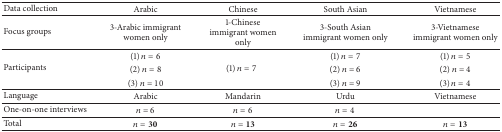
<table><thead><tr><td><b>Data collection</b></td><td><b>Arabic</b></td><td><b>Chinese</b></td><td><b>South Asian</b></td><td><b>Vietnamese</b></td></tr></thead><tbody><tr><td>Focus groups</td><td>3-Arabic immigrant women only</td><td>1-Chinese immigrant women only</td><td>3-South Asian immigrant women only</td><td>3-Vietnamese immigrant women only</td></tr><tr><td rowspan="3">Participants</td><td>(1) <i>n</i> = 6</td><td rowspan="3">(1) <i>n</i> = 7</td><td>(1) <i>n</i> = 7</td><td>(1) <i>n</i> = 5</td></tr><tr><td>(2) <i>n</i> = 8</td><td>(2) <i>n</i> = 6</td><td>(2) <i>n</i> = 4</td></tr><tr><td>(3) <i>n</i> = 10</td><td>(3) <i>n</i> = 9</td><td>(3) <i>n</i> = 4</td></tr><tr><td>Language</td><td>Arabic</td><td>Mandarin</td><td>Urdu</td><td>Vietnamese</td></tr><tr><td>One-on-one interviews</td><td><i>n</i> = 6</td><td><i>n</i> = 6</td><td><i>n</i> = 4</td><td> </td></tr><tr><td>Total</td><td><i>n</i> = 30</td><td><i>n</i> = 13</td><td><i>n</i> = 26</td><td><i>n</i> = 13</td></tr></tbody></table>